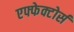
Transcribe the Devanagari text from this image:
एफ्फेक्टोर्स